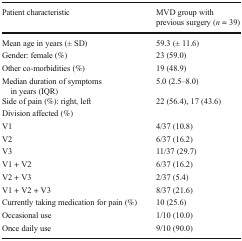
<table><thead><tr><td><b>Patient characteristic</b></td><td><b>MVD group with previous surgery (<i>n</i> = 39)</b></td></tr></thead><tbody><tr><td>Mean age in years (± SD)</td><td>59.3 (± 11.6)</td></tr><tr><td>Gender: female (%)</td><td>23 (59.0)</td></tr><tr><td>Other co-morbidities (%)</td><td>19 (48.9)</td></tr><tr><td>Median duration of symptoms in years (IQR)</td><td>5.0 (2.5–8.0)</td></tr><tr><td>Side of pain (%): right, left</td><td>22 (56.4), 17 (43.6)</td></tr><tr><td>Division affected (%)</td><td></td></tr><tr><td>V1</td><td>4/37 (10.8)</td></tr><tr><td>V2</td><td>6/37 (16.2)</td></tr><tr><td>V3</td><td>11/37 (29.7)</td></tr><tr><td>V1 + V2</td><td>6/37 (16.2)</td></tr><tr><td>V2 + V3</td><td>2/37 (5.4)</td></tr><tr><td>V1 + V2 + V3</td><td>8/37 (21.6)</td></tr><tr><td>Currently taking medication for pain (%)</td><td>10 (25.6)</td></tr><tr><td>Occasional use</td><td>1/10 (10.0)</td></tr><tr><td>Once daily use</td><td>9/10 (90.0)</td></tr></tbody></table>